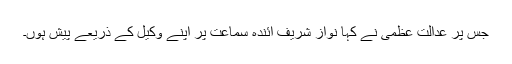
جس پر عدالت عظمیٰ نے کہا نواز شریف آئندہ سماعت پر اپنے وکیل کے ذریعے پیش ہوں۔